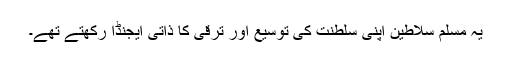
یہ مسلم سلاطین اپنی سلطنت کی توسیع اور ترقی کا ذاتی ایجنڈا رکھتے تھے۔